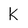
Character: k